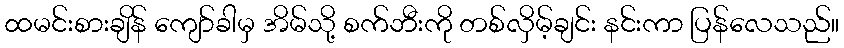
ထမင်းစားချိန် ကျော်ခါမှ အိမ်သို့ စက်ဘီးကို တစ်လှိမ့်ချင်း နင်းကာ ပြန်လေသည်။